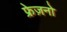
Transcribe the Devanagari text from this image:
फ्रेज़नो